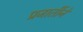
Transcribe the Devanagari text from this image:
प्रजातींने